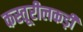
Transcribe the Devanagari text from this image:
कस्तूरीलकड़ी